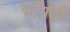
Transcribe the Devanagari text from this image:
भाँपती